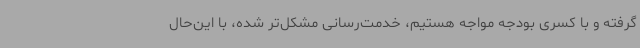
گرفته و با کسری بودجه مواجه هستیم، خدمت‌رسانی مشکل‌تر شده، با این‌حال